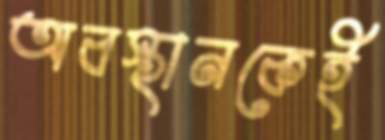
অবস্থানকেই